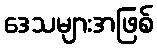
ဒေသများအဖြစ်